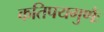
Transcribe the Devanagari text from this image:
कतिपयगुणैः